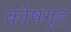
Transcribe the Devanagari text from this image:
कोषगृह